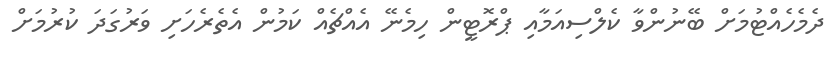
ދެމެހެއްޓުމަށް ބޭނުންވާ ކެލްސިއަމާއި ޕްރޮޓީން ހިމެނޭ އެއްޗެއް ކަމުން އެތެރެހަށި ވަރުގަދަ ކުރުމަށް